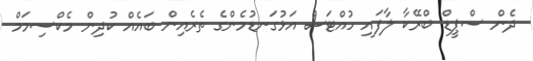
ދެން ސްޕީޑް ބްރޭކާ ލާފައި ހުއްޓަސް އަޅުގަނޑުމެންގެ ތެރެއިން ބައެއް ކުދިން މެކްސިމަމް